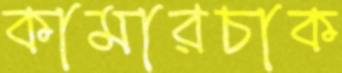
কামারচাক